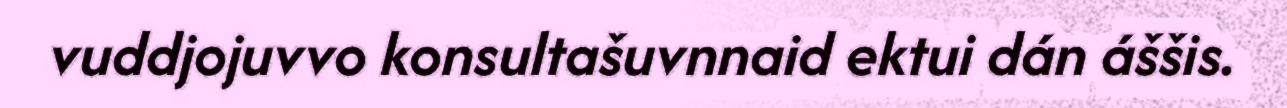
vuddjojuvvo konsultašuvnnaid ektui dán áššis.